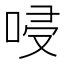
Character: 唚